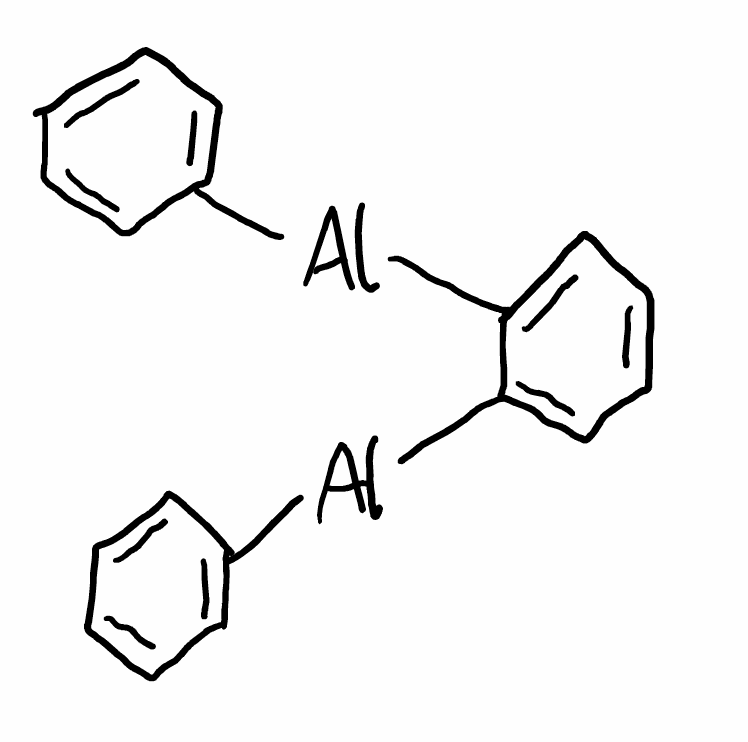
Simplified molecular-input line-entry system (SMILES) notation of the given molecule:
C1=CC=C(C=C1)[Al]C2=CC=CC=C2[Al]C3=CC=CC=C3